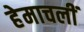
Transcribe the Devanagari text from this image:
हेमाचलीं